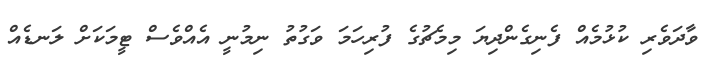
ވާދަވެރި ކުޅުމެއް ފެނިގެންދިޔަ މިމެޗުގެ ފުރިހަމަ ވަގުތު ނިމުނީ އެއްވެސް ޓީމަކަށް ލަނޑެއް